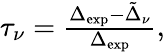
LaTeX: \begin{array}{r}{\tau_{\nu}=\frac{\Delta_{\mathrm{exp}}-\tilde{\Delta}_{\nu}}{\Delta_{\mathrm{exp}}},}\end{array}